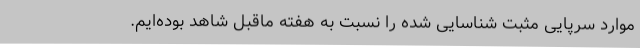
موارد سرپایی مثبت شناسایی شده را نسبت به هفته ماقبل شاهد بوده‌ایم.